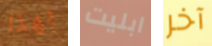
بهذا ابليت آخر